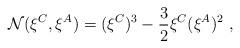
LaTeX: \begin{align*}{\cal N}(\xi^C,\xi^A) = (\xi^C)^3 - {3 \over 2} \xi^C (\xi^A)^2 \ ,\end{align*}